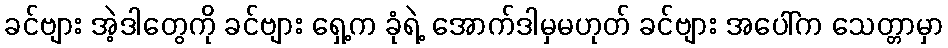
ခင်ဗျား အဲ့ဒါတွေကို ခင်ဗျား ရှေ့က ခုံရဲ့ အောက်ဒါမှမဟုတ် ခင်ဗျား အပေါ်က သေတ္တာမှာ